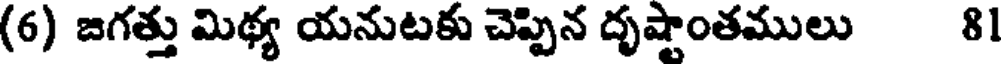
(6) జగత్తు మిథ్య యనుటకు చెప్పిన దృషాంతములు 81